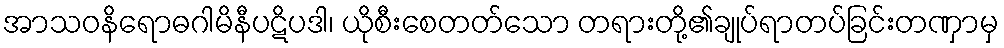
အာသဝနိရောဓဂါမိနီပဋိပဒါ၊ ယိုစီးစေတတ်သော တရားတို့၏ချုပ်ရာတပ်ခြင်းတဏှာမှ